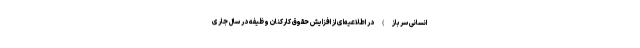
انسانی سرباز) در اطلاعیه‌ای از افزایش حقوق کارکنان وظیفه در سال جاری